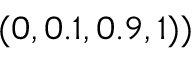
( 0 , 0 . 1 , 0 . 9 , 1 ) )